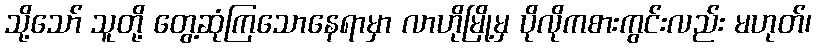
သို့သော် သူတို့ တွေ့ဆုံကြသောနေရာမှာ လာဟိုမြို့မှ ပိုလိုကစားကွင်းလည်း မဟုတ်၊